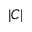
| C |